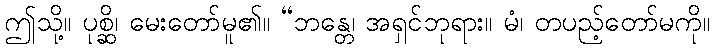
ဤသို့။ ပုစ္ဆိ၊ မေးတော်မူ၏။ “ဘန္တေ၊ အရှင်ဘုရား။ မံ၊ တပည့်တော်မကို။